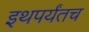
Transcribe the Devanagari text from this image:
इथपर्यंतच